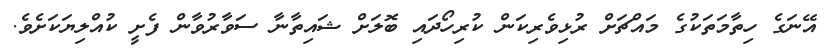
އޭނަގެ ހިތާމަތަކުގެ މައްޗަށް ރުޅިވެރިކަން ކުރިހޯދައި ބޮލަށް ޝައިތާނާ ސަވާރުވާން ފެށީ ކުއްލިޔަކަށެވެ.